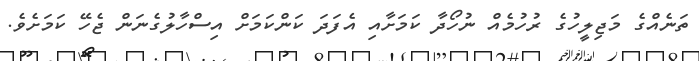
ތަނެއްގެ މަޖިލީހުގެ ރުހުމެއް ނުހޯދާ ކަމަށާއި އެފަދަ ކަންކަމަށް އިސްހާލުގެނަން ޖެހޭ ކަމަށެވެ.